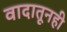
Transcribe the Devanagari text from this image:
वादातूनही